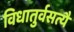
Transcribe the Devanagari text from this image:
विधातुर्वसत्यै